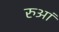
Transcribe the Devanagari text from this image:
रुआं